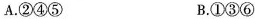
A.②④⑤ B.①③⑥